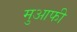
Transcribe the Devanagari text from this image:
मुआफी